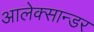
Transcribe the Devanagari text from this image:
आलेक्सान्डर